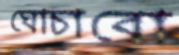
ঘোচাবো